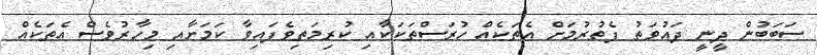
ސަބަބުން ދީނީ ދައުވަތު ފެތުރުމަށް އެތަކެއް ހުރަސްތަކަކާއި ކުރިމަތިވެފައިވާ ކަމަށާއި މިހާރުވެސް އެތަކެއް